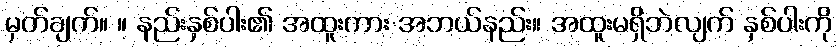
မှတ်ချက်။ ။ နည်းနှစ်ပါး၏ အထူးကား အဘယ်နည်း။ အထူးမရှိဘဲလျက် နှစ်ပါးကို